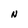
Character: N